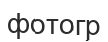
фотогр